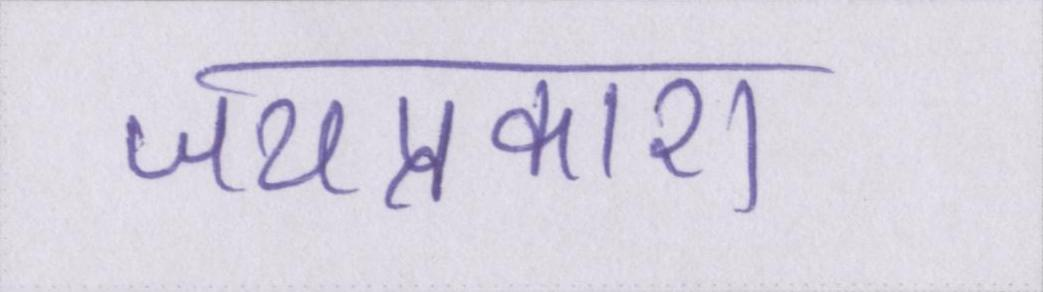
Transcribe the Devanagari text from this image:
जयप्रकाश